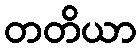
တတိယာ